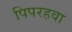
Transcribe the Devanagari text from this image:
पिपरहवा